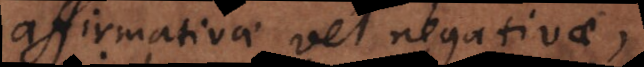
affirmativae vel negativae,